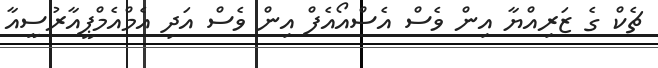
ޗެކް ގެ ޒަރިއްޔާ އިން ވެސް އެސްއޯއެފް އިން ވެސް އަދި އެމްއެމްޕީއާރުސީއާ